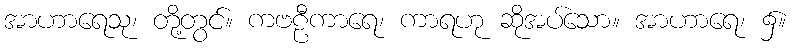
အာဟာရေသု၊ တို့တွင်။ ကဗဠီကာရေ၊ ကာရဟု ဆိုအပ်သော။ အာဟာရေ၊ ၌။